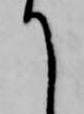
て